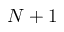
N + 1